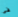
فى